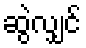
ဆွဲလျှင်